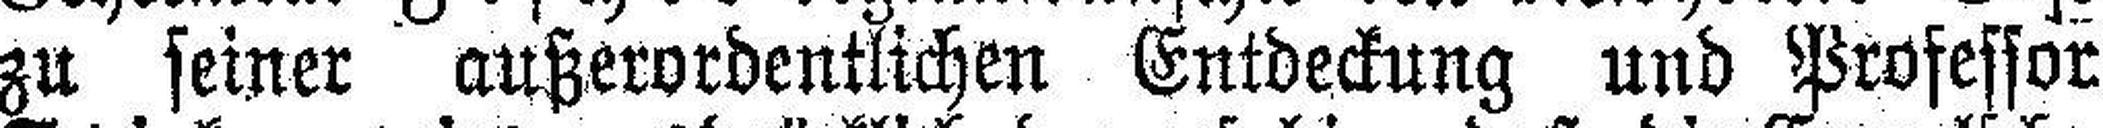
zu seiner außerordentlichen Entdeckung und Professor